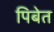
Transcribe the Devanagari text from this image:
पिबेत